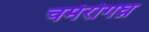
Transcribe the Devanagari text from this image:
चर्मरोगघ्न